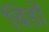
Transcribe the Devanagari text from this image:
चिर्डो